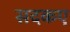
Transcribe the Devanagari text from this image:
सदकए